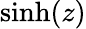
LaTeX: \sinh(z)